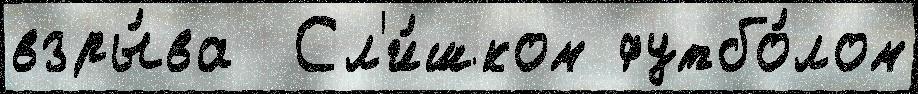
взры́ва  Сл'и́шком футбо́лом